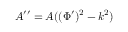
A ^ { \prime \prime } = A ( ( \Phi ^ { \prime } ) ^ { 2 } - k ^ { 2 } )